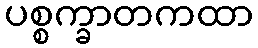
ပစ္စက္ခာတကထာ